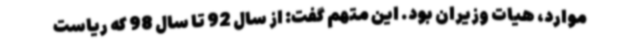
موارد، هیات وزیران بود. این متهم گفت: از سال 92 تا سال 98 که ریاست